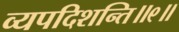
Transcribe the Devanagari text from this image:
व्यपदिशन्ति॥९॥